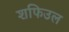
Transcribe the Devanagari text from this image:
शफिउल